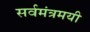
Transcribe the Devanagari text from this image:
सर्वमंत्रमयी